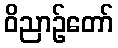
ဝိညာဉ်တော်